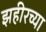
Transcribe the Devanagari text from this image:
झहीरच्या